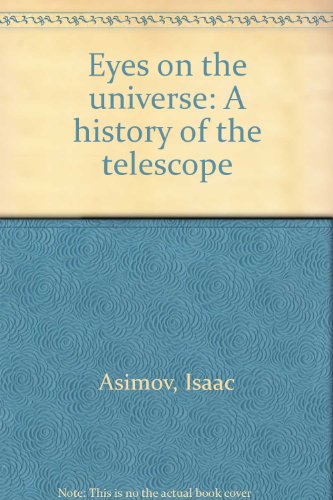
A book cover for Eyes on the Universe: A History of the Telescope; Isaac Asimov; Science & Math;